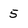
Character: 5